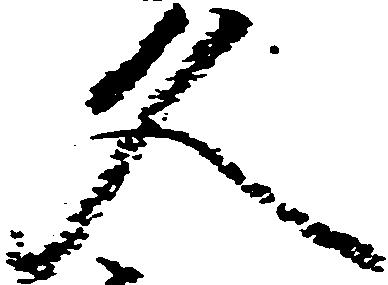
久